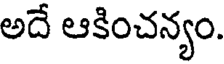
అదే ఆకించన్యం.